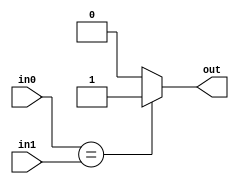
module comp_eq_4(
    input [3:0] in0,
    input [3:0] in1,
    output out
    );
    
    assign out = (in0 == in1) ? 1 : 0;
endmodule